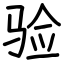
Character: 验